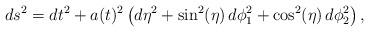
LaTeX: \begin{align*}ds^2 = dt^2 + a(t)^2 \left ( d \eta^2 + \sin^2 (\eta) \, d\phi_1^2 + \cos^2 (\eta) \, d \phi_2^2 \right ), \end{align*}